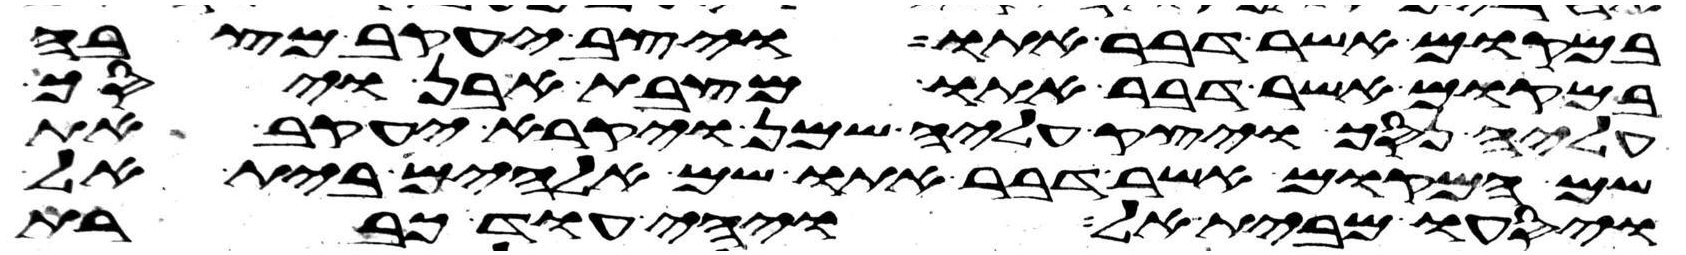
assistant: במקום אשר דבר אתו ויצב יעקב מצבה
במקום אשר דבר אתו מצבת אבן ויסך
עליה נסך ויצק עליה שמן ויקרא יעקב את
שם המקום אשר דבר אתו שם אלהים בית אל
ויסעו מבית אל ויהי עוד כברת